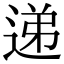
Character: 递